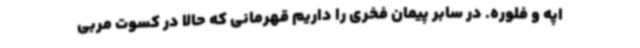
اپه و فلوره. در سابر پیمان فخری را داریم قهرمانی که حالا در کسوت مربی